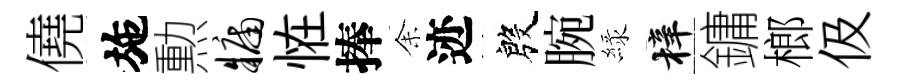
僥施勲牖恠捧𪜬迹殷腕緑梓鏞榔伋